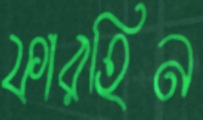
ফারহিন